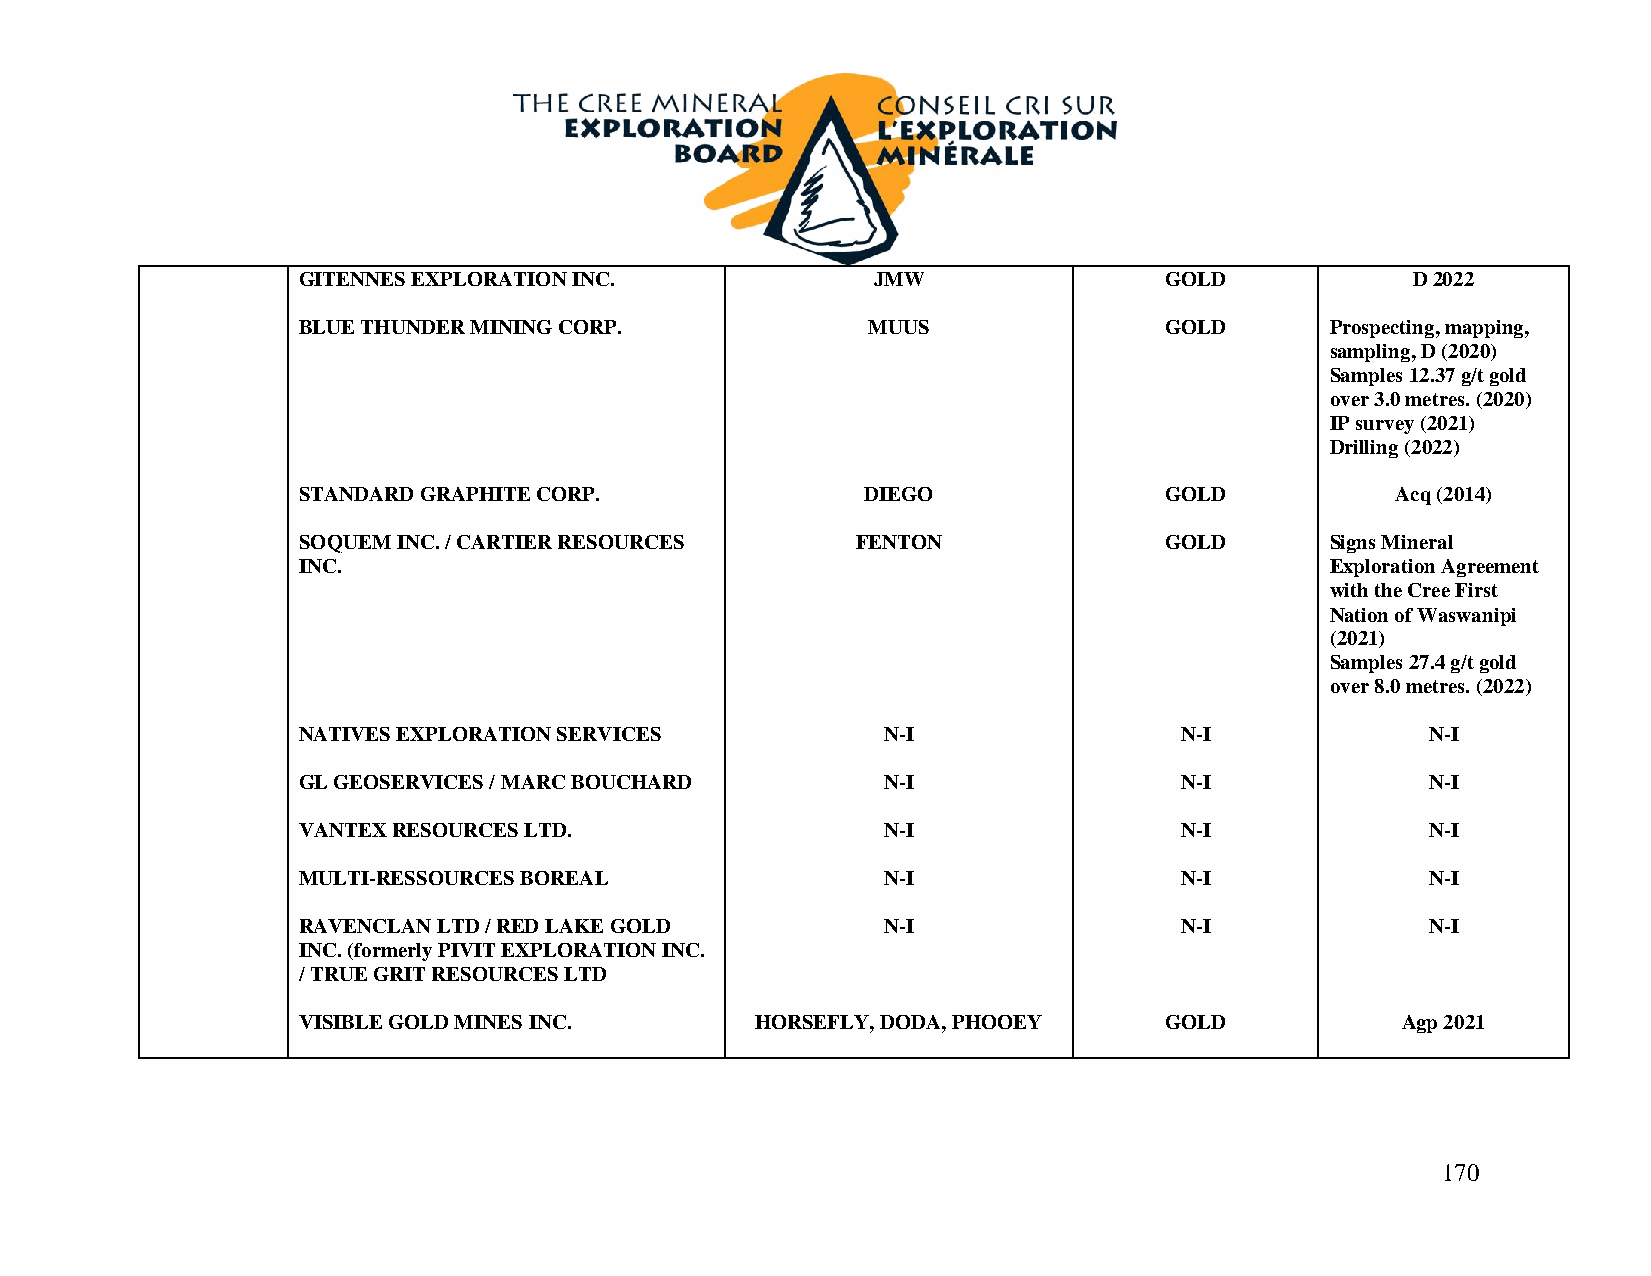
GITENNES EXPLORATION INC.             JMW                GOLD            D 2022
 BLUE THUNDER MINING CORP.            MUUS                GOLD       Prospecting, mapping,
 sampling, D (2020)
 Samples 12.37 g/t gold
 over 3.0 metres. (2020)
 IP survey (2021)
 Drilling (2022)
 STANDARD GRAPHITE CORP.              DIEGO               GOLD           Acq (2014)
 SOQUEM INC. / CARTIER RESOURCES      FENTON              GOLD       Signs Mineral
 INC.                                                                Exploration Agreement
 with the Cree First
 Nation of Waswanipi
 (2021)
 Samples 27.4 g/t gold
 over 8.0 metres. (2022)
 NATIVES EXPLORATION SERVICES           N-I                N-I              N-I
 GL GEOSERVICES / MARC BOUCHARD         N-I                N-I              N-I
 VANTEX RESOURCES LTD.                  N-I                N-I              N-I
 MULTI-RESSOURCES BOREAL                N-I                N-I              N-I
 RAVENCLAN LTD / RED LAKE GOLD          N-I                N-I              N-I
 INC. (formerly PIVIT EXPLORATION INC.
 / TRUE GRIT RESOURCES LTD
 VISIBLE GOLD MINES INC.       HORSEFLY, DODA, PHOOEY     GOLD            Agp 2021
 170